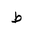
Letter: _da